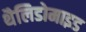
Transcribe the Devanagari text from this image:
थैलिडोमाइड